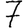
Digit: 7